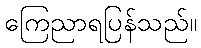
ကြေညာရပြန်သည်။